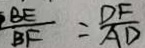
\frac { B E } { B F } = \frac { D F } { A D }